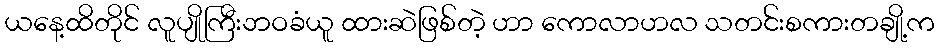
ယနေ့ထိတိုင် လူပျိုကြီးဘဝခံယူ ထားဆဲဖြစ်တဲ့ ဟာ ကောလာဟလ သတင်းစကားတချို့က